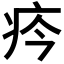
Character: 𤴽